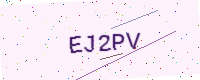
Text: EJ2PV